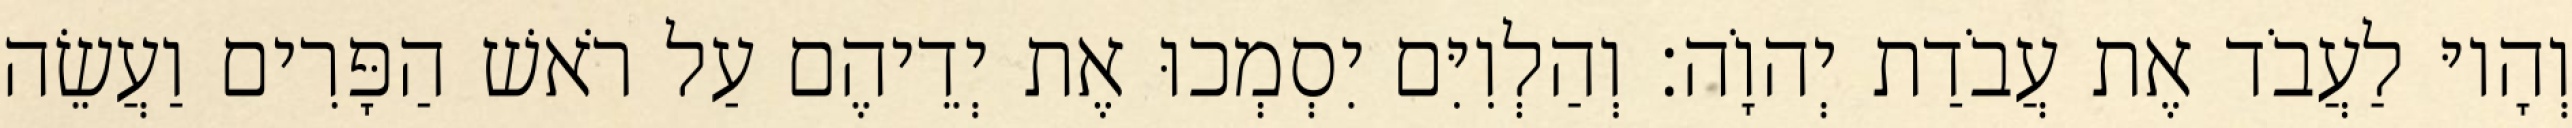
וְהָיוּ לַעֲבֹד אֶת עֲבֹדַת יְהוָֹה׃ וְהַלְוִיִּם יִסְמְכוּ אֶת יְדֵיהֶם עַל רֹאשׁ הַפָּרִים וַעֲשֵׂה